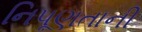
નિપૂણતાની